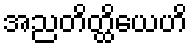
အညတိတ္ထိယေဟိ